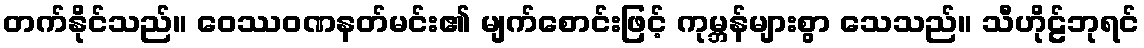
တက်နိုင်သည်။ ဝေဿဝဏနတ်မင်း၏ မျက်စောင်းဖြင့် ကုမ္ဘန်များစွာ သေသည်။ သီဟိုဠ်ဘုရင်